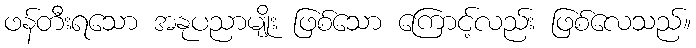
ဖန်တီးရသော အနုပညာမျိုး ဖြစ်သော ကြောင့်လည်း ဖြစ်လေသည်။